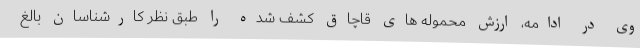
وی در ادامه، ارزش محموله های قاچاق کشف شده را طبق نظر کارشناسان بالغ